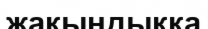
жақындыққа